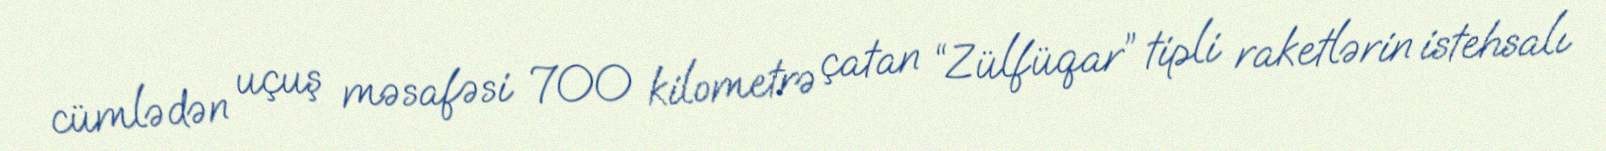
cümlədən uçuş məsafəsi 700 kilometrə çatan “Zülfüqar” tipli raketlərin istehsalı